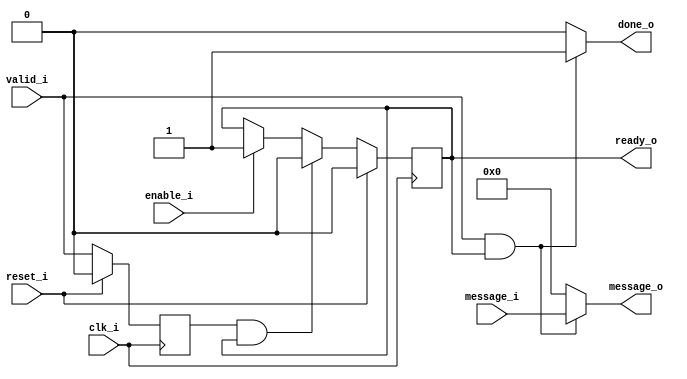
`timescale 1ns / 1ps
//////////////////////////////////////////////////////////////////////////////////
// Company: IIT Madras  
// 
// Design Name: 
// Module Name: axi_slave
// Project Name: 
// Target Devices: 
// Tool Versions: 
// Description: 
// 
// Dependencies: 
// 
// Revision:
// Revision 0.01 - File Created
// Additional Comments:
// 
//////////////////////////////////////////////////////////////////////////////////


module axi_slave(
    input clk_i,
    input reset_i,
    
    output ready_o,
    input valid_i,
    
    input [31:0] message_i,
    output [31:0] message_o,
    
    input enable_i,
    output done_o // stall till done
    );
    
    reg ready_r;
    reg valid_r;
    
    always @(posedge clk_i)
    begin
        if(reset_i)
        begin
            ready_r <= 'b0;
        end
        else
        begin
            if(enable_i)
            begin
                ready_r <= 'b1;
            end
            if(valid_r && ready_r)
            begin
                ready_r <= 'b0;
            end
        end
    end
    
    always @(posedge clk_i)
    begin
        if(reset_i)
        begin
            valid_r <= 'b0;
        end
        else
        begin
            valid_r <= valid_i;
        end
    end
    
    assign ready_o = ready_r;
    assign message_o = (valid_i && ready_r) ? message_i : 'b0;
    assign done_o = (valid_i && ready_r) ? 'b1 : 'b0;
    
endmodule